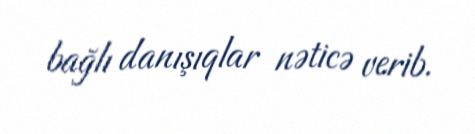
bağlı danışıqlar nəticə verib.